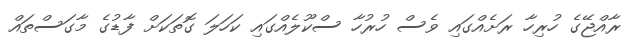
ރާއްޖޭގެ ހުރިހާ ރަށެއްގައި ވެސް ހުރުހާ ސްކޫލެއްގައި ކަހަލަ ގޮތަކަށް ފާޑުގެ މާގަސްތައް